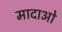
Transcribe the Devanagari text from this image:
मादाओ